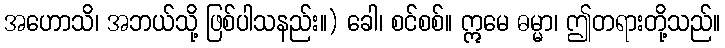
အဟောသိ၊ အဘယ်သို့ ဖြစ်ပါသနည်း။) ခေါ၊ စင်စစ်။ ဣမေ ဓမ္မာ၊ ဤတရားတို့သည်။